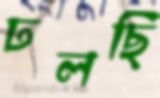
ঢলছি